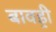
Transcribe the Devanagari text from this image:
बावड्री